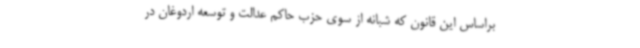
براساس این قانون که شبانه از سوی حزب حاکم عدالت و توسعه اردوغان در